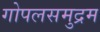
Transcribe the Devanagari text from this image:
गोपलसमुद्रम